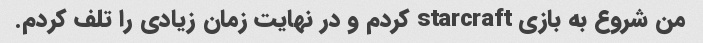
من شروع به بازی starcraft کردم و در نهایت زمان زیادی را تلف کردم.